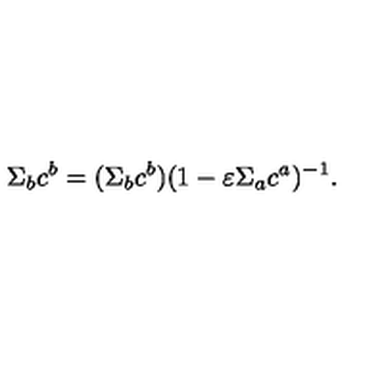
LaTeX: \Sigma _ { b } c ^ { b } = ( \Sigma _ { b } c ^ { b } ) ( 1 - \varepsilon \Sigma _ { a } c ^ { a } ) ^ { - 1 } .